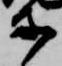
等